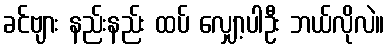
ခင်ဗျား နည်းနည်း ထပ် လျှော့ပါဦး ဘယ်လိုလဲ။